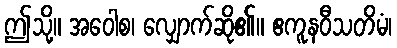
ဤသို့။ အဝေါစ၊ လျှောက်ဆို၏။ ဧကူနဝီသတိမံ၊